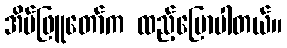
အိမ်ဖြူတော်က ထည့်ပြောပါတယ်။